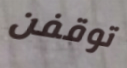
توقفن